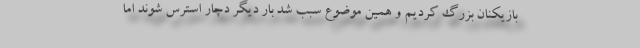
بازیکنان بزرگ کردیم و همین موضوع سبب شد بار دیگر دچار استرس شوند اما